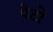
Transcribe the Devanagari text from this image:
पेटो